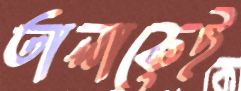
তালাকেই